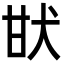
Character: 𤯂